Insane asylums Bombay 1873-77 - 1873-1877
Year: 1873
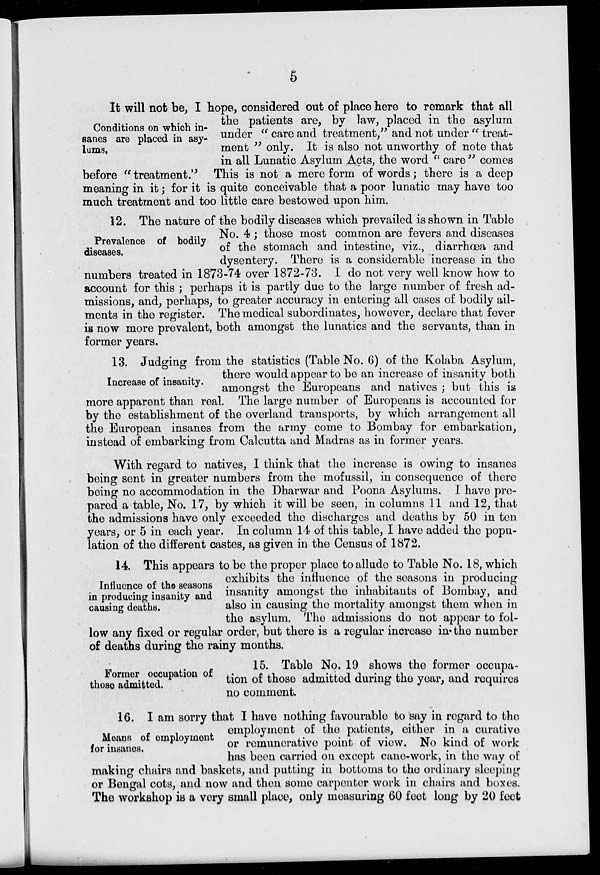
5
Conditions on which in-
sanes are placed in asy-
lums,
It will not be, I hope, considered out of place here to remark that all
the patients are, by law, placed in the asylum
under " care and treatment," and not under " treat-
ment " only. It is also not unworthy of note that
in all Lunatic Asylum Acts, the word " care " comes
before " treatment." This is not a mere form of words; there is a deep
meaning in it; for it is quite conceivable that a poor lunatic may have too
much treatment and too little care bestowed upon him.
Prevalence of bodily
diseases.
12. The nature of the bodily diseases which prevailed is shown in Table
No. 4 ; those most common are fevers and diseases
of the stomach and intestine, viz., diarrhœa and
dysentery. There is a considerable increase in the
numbers treated in 1873-74 over 1872-73. I do not very well know how to
account for this ; perhaps it is partly due to the large number of fresh ad-
missions, and, perhaps, to greater accuracy in entering all cases of bodily ail-
ments in the register. The medical subordinates, however, declare that fever
is now more prevalent, both amongst the lunatics and the servants, than in
former years.
Increase of insanity.
13. Judging from the statistics (Table No. 6) of the Kolaba Asylum,
there would appear to be an increase of insanity both
amongst the Europeans and natives ; but this is
more apparent than real. The large number of Europeans is accounted for
by the establishment of the overland transports, by which arrangement all
the European insanes from the army come to Bombay for embarkation,
instead of embarking from Calcutta and Madras as in former years.
With regard to natives, I think that the increase is owing to insanes
being sent in greater numbers from the mofussil, in consequence of there
being no accommodation in the Dharwar and Poona Asylums. I have pre-
pared a table, No. 17, by which it will be seen, in columns 11 and 12, that
the admissions have only exceeded the discharges and deaths by 50 in ten
years, or 5 in each year. In column 14 of this table, I have added the popu-
lation of the different castes, as given in the Census of 1872.
Influence of the seasons
in producing insanity and
causing deaths.
14. This appears to be the proper place to allude to Table No. 18, which
exhibits the influence of the seasons in producing
insanity amongst the inhabitants of Bombay, and
also in causing the mortality amongst them when in
the asylum. The admissions do not appear to fol-
low any fixed or regular order, but there is a regular increase in the number
of deaths during the rainy months.
Former occupation of
those admitted.
15. Table No. 19 shows the former occupa-
tion of those admitted during the year, and requires
no comment.
Means of employment
for insanes.
16. I am sorry that I have nothing favourable to say in regard to the
employment of the patients, either in a curative
or remunerative point of view. No kind of work
has been carried on except cane-work, in the way of
making chairs and baskets, and putting in bottoms to the ordinary sleeping
or Bengal cots, and now and then some carpenter work in chairs and boxes.
The workshop is a very small place, only measuring 60 feet long by 20 feet